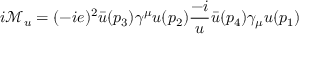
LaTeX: i { \mathcal { M } } _ { u } = ( - i e ) ^ { 2 } { \bar { u } } ( p _ { 3 } ) \gamma ^ { \mu } u ( p _ { 2 } ) { \frac { - i } { u } } { \bar { u } } ( p _ { 4 } ) \gamma _ { \mu } u ( p _ { 1 } )